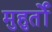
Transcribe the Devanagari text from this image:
मुहुर्तों